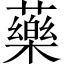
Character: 藥